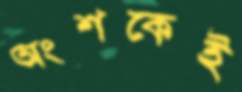
অংশকেই